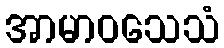
အာမာဝသေသံ